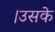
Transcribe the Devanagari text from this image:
।उसके